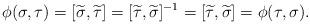
LaTeX: \begin{align*} \phi(\sigma, \tau) = [\widetilde \sigma, \widetilde \tau] = [\widetilde \tau, \widetilde \sigma]^{-1} = [\widetilde \tau, \widetilde \sigma] = \phi(\tau, \sigma).\end{align*}